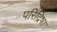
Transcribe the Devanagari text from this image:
परिद्रिषा